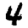
Digit: 4